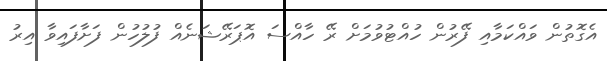
އެގޮތުން ވައްކަމާއި ފޭރުން ހުއްޓުވުމަށް ރޭ ހާއްސަ އޮޕަރޭޝަނެއް ފުލުހުން ފަށާފައިވާ އިރު